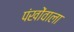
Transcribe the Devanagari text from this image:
पंखोंवाला